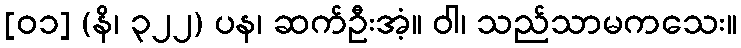
[၀၁] (နိ၊ ၃၂၂) ပန၊ ဆက်ဦးအံ့။ ဝါ၊ သည်သာမကသေး။